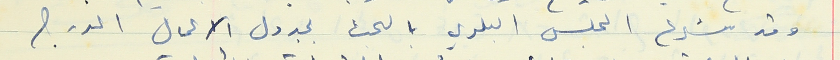
وقد شرع المجلس البلدي بالبحث بجدول الاعمال المدرج